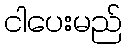
ငါပေးမည်